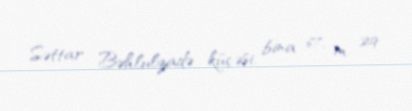
Səttar Bəhlulzadə küçəsi, bina 67, m. 29